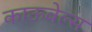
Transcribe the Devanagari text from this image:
काऊबेल्स